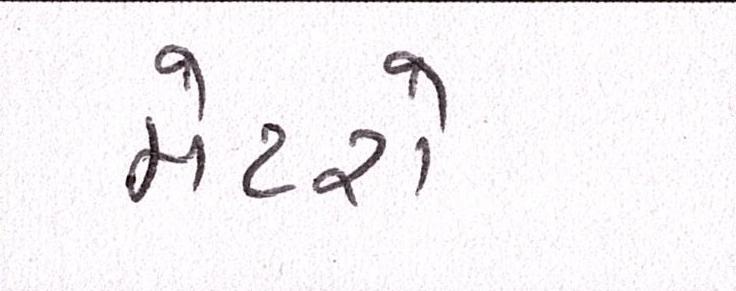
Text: મેટરો